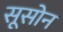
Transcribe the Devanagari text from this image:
सूसोन